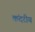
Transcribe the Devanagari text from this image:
कंदरीय